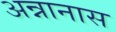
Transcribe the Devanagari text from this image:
अन्नानास